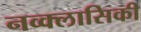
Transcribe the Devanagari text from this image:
नव्क्लासिकी